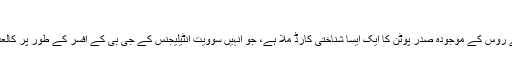
ایک دستاویز نے پوری دنیا میں تہلکہ مچا دیا
ماسکو (ویب ڈیسک) حکام کوسابقہ کمیونسٹ جرمنی کی باقیات میں سے روس کے موجودہ صدر پوٹن کا ایک ایسا شناختی کارڈ ملا ہے، جو انہیں سوویت انٹیلیجنس کے جی بی کے افسر کے طور پر کالعدم مشرقی جرمنی کی بدنام زمانہ خفیہ پولیس ’شٹازی‘ نے جاری کیا تھا۔